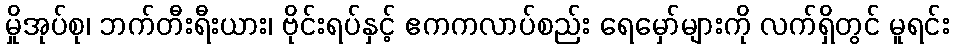
မှိုအုပ်စု၊ ဘက်တီးရီးယား၊ ဗိုင်းရပ်နှင့် ဧကကလာပ်စည်း ရေမှော်များကို လက်ရှိတွင် မူရင်း